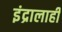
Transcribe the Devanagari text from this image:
इंद्रालाही